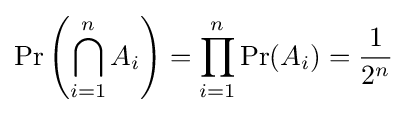
\Pr \left(\bigcap _{i=1}^{n}A_{i}\right)=\prod _{i=1}^{n}\Pr(A_{i})={1 \over 2^{n}}